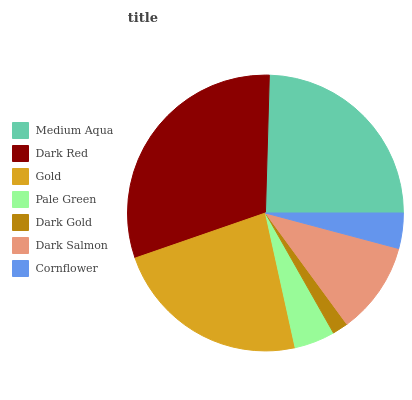
| Medium Aqua | Dark Red | Gold | Pale Green | Dark Gold | Dark Salmon | Cornflower |
 | --- | --- | --- | --- | --- | --- | --- |
 | 24.5% | 30.8% | 23.1% | 4.77% | 1.85% | 10.8% | 4.14% |